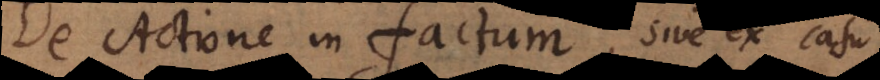
De Actione in factum, sive ex casu.